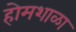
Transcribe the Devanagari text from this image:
होमशाळा